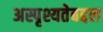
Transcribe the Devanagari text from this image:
अस्पृश्यतेबद्दल